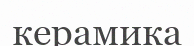
керамика